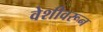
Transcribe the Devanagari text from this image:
वेशीवरून